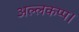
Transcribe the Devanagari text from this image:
अल्लकप्प।